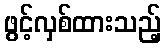
ဖွင့်လှစ်ထားသည့်